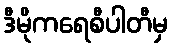
ဒီမိုကရေစီပါတီမှ